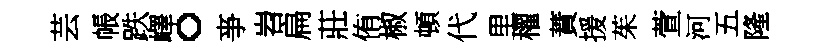
芸帳跌嶧。亊岧扁莊侑椒頓代里櫂蕡援茱萱河五隆